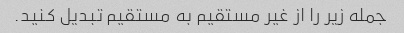
جمله زیر را از غیر مستقیم به مستقیم تبدیل کنید.